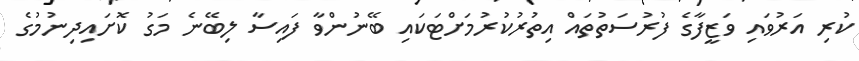
ކުރި އަރުވައި ވަޒީފާގެ ފުރުސަތުތައް އިތުރުކުރުމަށްޓަކައި ބޭނުންވާ ފައިސާ ލިބޭނެ މަގު ކޮށައިދިނުމުގެ